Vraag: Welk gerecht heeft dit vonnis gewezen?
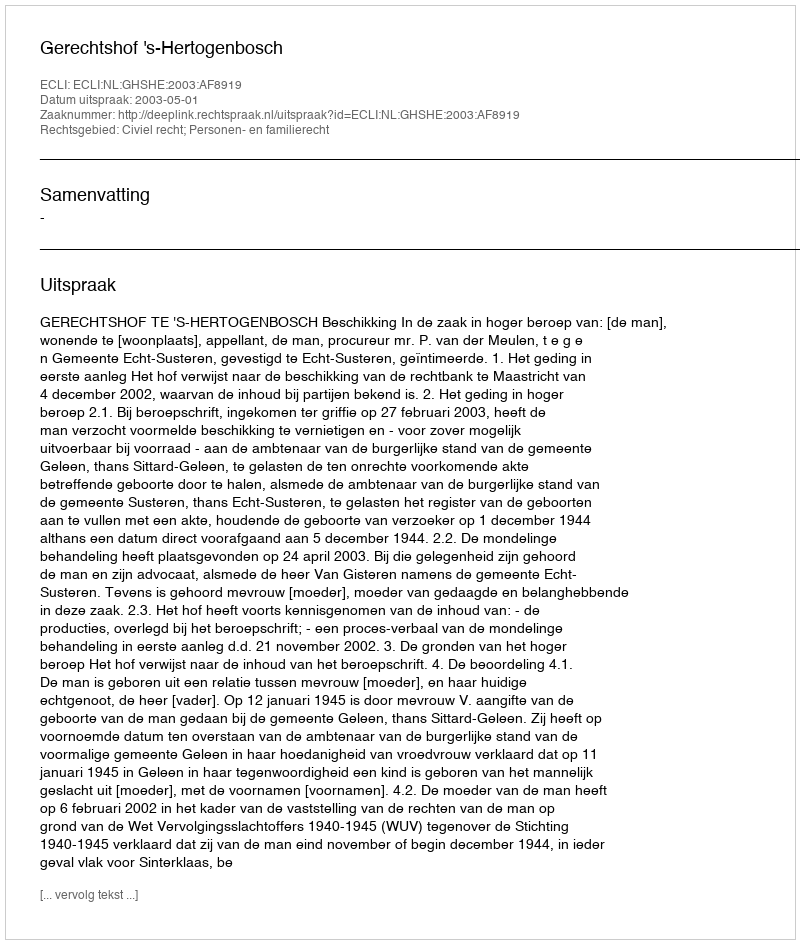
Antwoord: Gerechtshof 's-Hertogenbosch